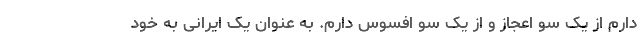
دارم از یک سو اعجاز و از یک سو افسوس دارم. به عنوان یک ایرانی به خود